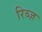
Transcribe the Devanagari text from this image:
रिब्ज़